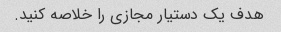
هدف یک دستیار مجازی را خلاصه کنید.